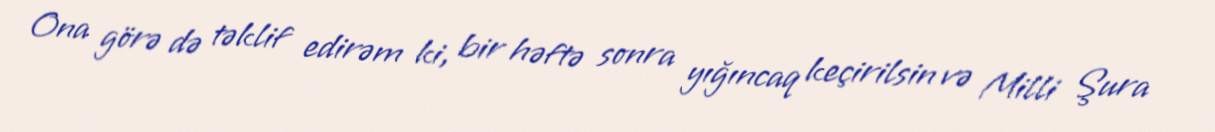
Ona görə də təklif edirəm ki, bir həftə sonra yığıncaq keçirilsin və Milli Şura